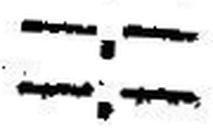
—.—